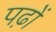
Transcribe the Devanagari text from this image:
पढ़ों